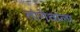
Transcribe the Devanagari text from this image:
तांगेवाला